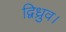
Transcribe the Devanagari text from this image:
द्विध्रुव।